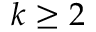
k \geq 2